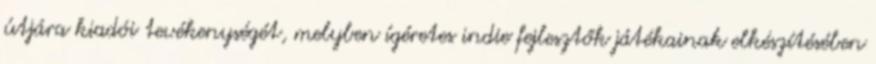
útjára kiadói tevékenységét, melyben ígéretes indie fejlesztők játékainak elkészítésében